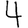
Digit: 4